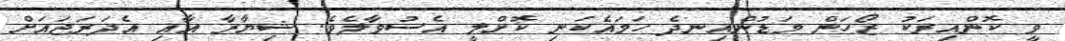
ވީ ކޮންއިރަކު ޒޯހަން މަޑުންއިނދެ ހަމައެކަނި ކޮށްލީ އެސުވާލެވެ. ޝިޔާރާ އާއި އެދަރަޖައަށް